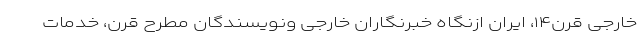
خارجی قرن۱۴، ایران ازنگاه خبرنگاران خارجی ونویسندگان مطرح قرن، خدمات